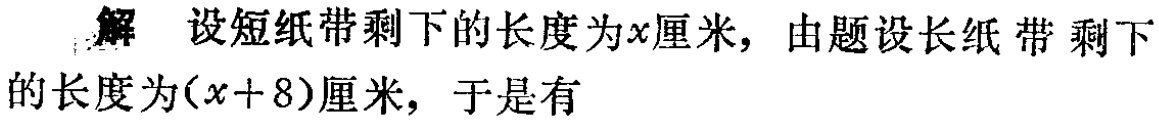
解 设短纸带剩下的长度为\(x\)厘米，由题设长纸带剩下的长度为\((x + 8)\)厘米，于是有